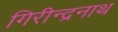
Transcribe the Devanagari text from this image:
गिरीन्द्रनाथ